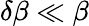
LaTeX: \delta\beta\ll\beta